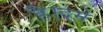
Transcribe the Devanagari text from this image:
है।दमे